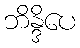
ဘိန္ဒိပေ